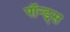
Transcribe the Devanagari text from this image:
पॉन्ड्स